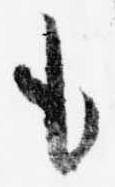
も